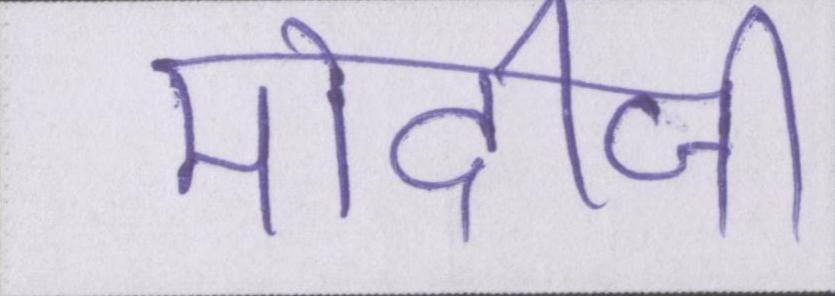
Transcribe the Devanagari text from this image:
मोदीजी